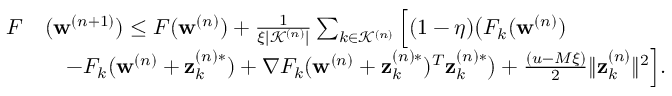
\begin{array} { r l } { F } & { ( \mathbf { w } ^ { ( n + 1 ) } ) \leq F ( \mathbf { w } ^ { ( n ) } ) + \frac { 1 } { \xi | \mathcal { K } ^ { ( n ) } | } \sum _ { k \in \mathcal { K } ^ { ( n ) } } \Big [ ( 1 - \eta ) \big ( F _ { k } ( \mathbf { w } ^ { ( n ) } ) } \\ & { \quad - F _ { k } ( \mathbf { w } ^ { ( n ) } + \mathbf { z } _ { k } ^ { ( n ) * } ) + \nabla F _ { k } ( \mathbf { w } ^ { ( n ) } + \mathbf { z } _ { k } ^ { ( n ) * } ) ^ { T } \mathbf { z } _ { k } ^ { ( n ) * } \big ) + \frac { ( u - M \xi ) } { 2 } \| \mathbf { z } _ { k } ^ { ( n ) } \| ^ { 2 } \Big ] . } \end{array}